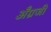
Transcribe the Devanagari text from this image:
अँग्रजी